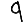
Digit: 9